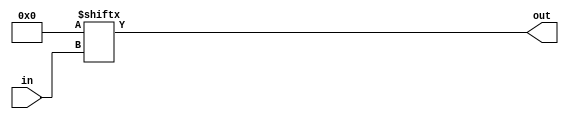
module LUT_K #(
    //The Look-up Table size (number of inputs)
    parameter K = 6,

    //The lut mask.
    //Left-most (MSB) bit corresponds to all inputs logic one.
    //Defaults to always false.
    parameter LUT_MASK={2**K{1'b0}}
) (
    input [K-1:0] in,
    output out
);

    assign out = LUT_MASK[in];

endmodule